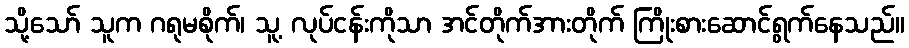
သို့သော် သူက ဂရုမစိုက်၊ သူ့ လုပ်ငန်းကိုသာ အင်တိုက်အားတိုက် ကြိုးစားဆောင်ရွက်နေသည်။